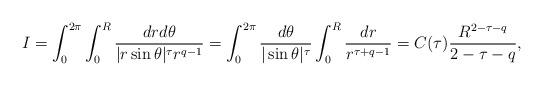
LaTeX: \begin{align*}I=\int_{0}^{2\pi}\int_{0}^{R}\frac{drd\theta}{|r\sin\theta|^{\tau}r^{q-1}}=\int_{0}^{2\pi}\frac{d\theta}{|\sin\theta|^{\tau}} \int_{0}^{R}\frac{dr}{r^{\tau+q-1}}= C(\tau)\displaystyle\frac{R^{2-\tau-q}}{2-\tau-q},\end{align*}